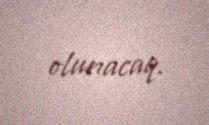
olunacaq.